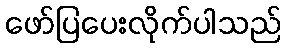
ဖော်ပြပေးလိုက်ပါသည်